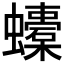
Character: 𧔬